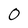
Character: 0